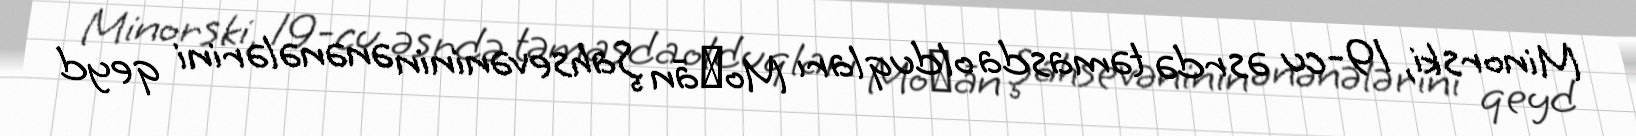
Minorski, 19-cu əsrdə təmasda olduqları Moḡān Şahsevəninin ənənələrini qeyd